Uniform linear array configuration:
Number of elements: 4
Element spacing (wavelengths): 0.75
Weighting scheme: kaiser
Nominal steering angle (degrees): -45
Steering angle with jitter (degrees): -46.919
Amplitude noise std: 0.05
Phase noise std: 0.05

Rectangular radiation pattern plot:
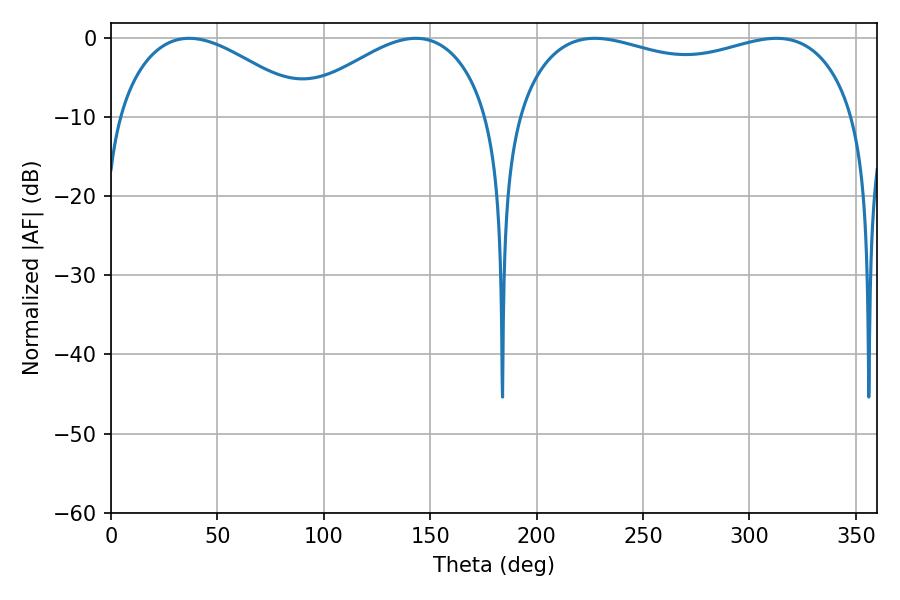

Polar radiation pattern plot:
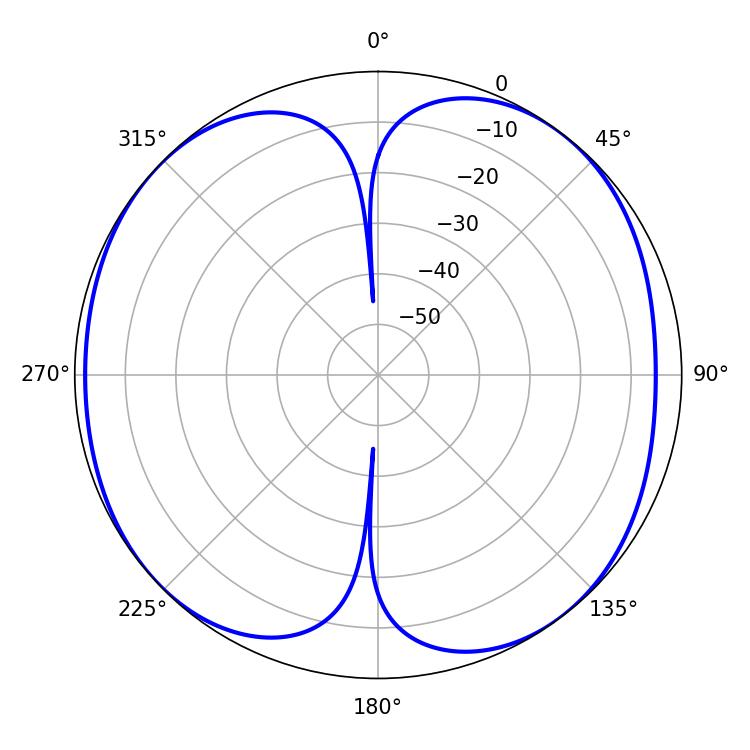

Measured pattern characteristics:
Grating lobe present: TRUE
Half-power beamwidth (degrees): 130.32
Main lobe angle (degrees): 227.34